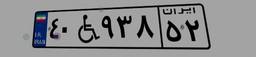
۴۰W۹۳۸۵۲